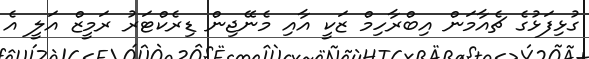
ގުޅިފަޅުގެ ޗެއާމަން އިބްރާހިމް ޒަކީ އާއި މެނޭޖިން ޑިރެކްޓަރު ރަމީޒް އަލީ އެ